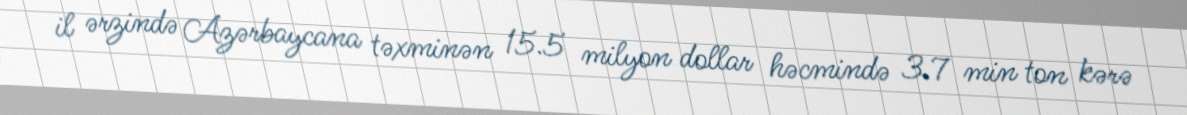
il ərzində Azərbaycana təxminən 15.5 milyon dollar həcmində 3.7 min ton kərə